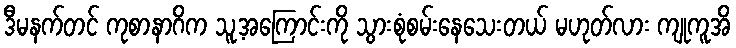
ဒီမနက်တင် ကုစာနာဂိက သူ့အကြောင်းကို သွားစုံစမ်းနေသေးတယ် မဟုတ်လား ကျုကူအိ